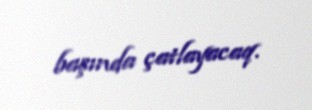
başında çatlayacaq.